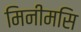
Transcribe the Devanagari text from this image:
मिनीमसि